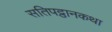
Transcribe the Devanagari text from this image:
सतिपट्ठानकथा